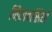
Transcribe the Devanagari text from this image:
नियावासियों